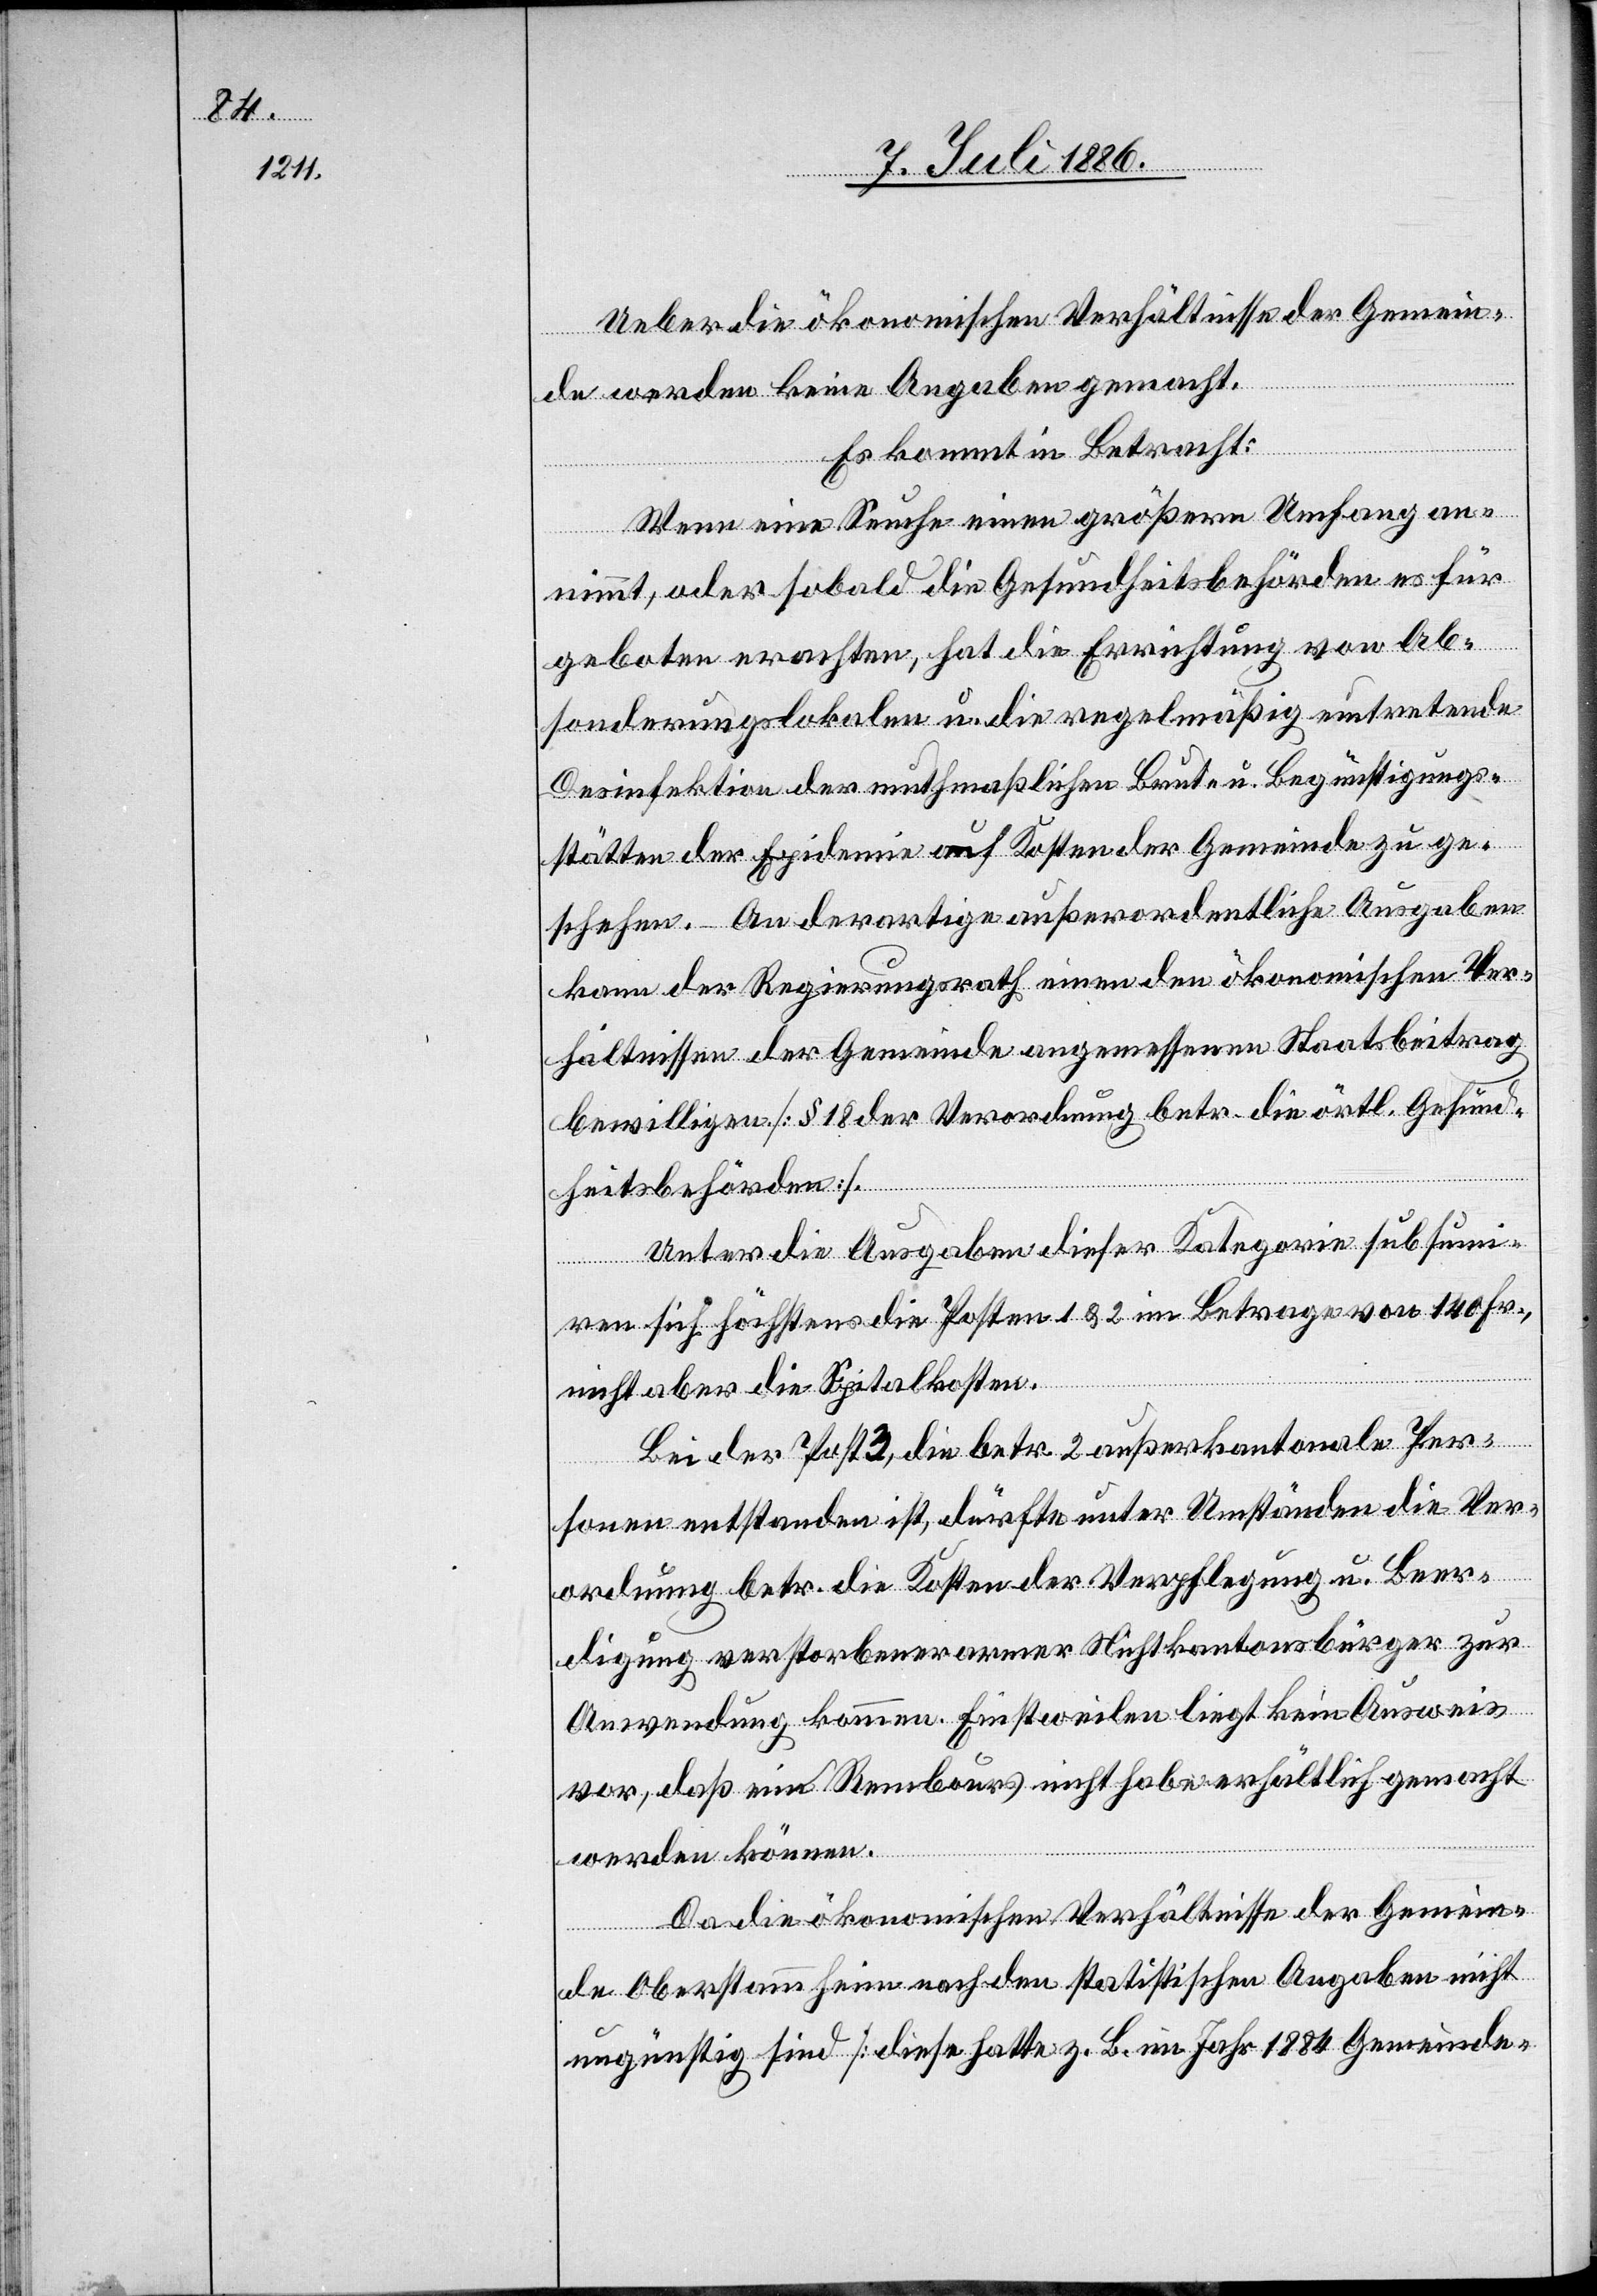
Ueber die ökonomischen Verhältnisse der Gemein¬
de werden keine Angaben gemacht.
Es kommt in Betracht:
Wenn eine Seuche einen größern Umfang an¬
nimmt, oder sobald die Gesundheitsbehörden es für
geboten erachten, hat die Errichtung von Ab¬
sonderungslokalen u. die regelmäßig eintretende
Desinfektion der muthmaßlichen Baute u. Begünstigungs¬
stätten der Epidemie auf Kosten der Gemeinde zu ge¬
schehen. – An derartige außerordentliche Ausgaben
kann der Regierungsrath einen den ökonomischen Ver¬
hältnissen der Gemeinde angemessenen Staatsbeitrag
bewilligen [§ 18 der Verordnung betr. die örtl. Gesund¬
heitsbehörden].
Unter die Ausgaben dieser Kategorie subsumi¬
ren sich höchstens die Posten 1 & 2 im Betrage von 140 Fr.,
nicht aber die Spitalkosten.
Bei der Post 3, die betr. 2 außerkantonale Per¬
sonen entstanden ist, dürfte unter Umständen die Ver¬
ordnung betr. die Kosten der Verpflegung u. Beer¬
digung verstorbener armer Nichtkantonsbürger zur
Anwendung kommen. Einstweilen liegt kein Ausweis
vor, daß ein Rembours nicht habe erhältlich gemacht
werden können.
Da die ökonomischen Verhältnisse der Gemein¬
de Oberstammheim nach den statistischen Angaben nicht
ungünstig sind [diese hatte z. B. im Jahr 1884 Gemeinde-